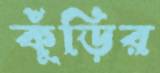
কুঁড়ির